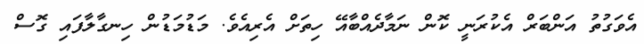
އެވަގުތު އަންބަރް އެކުރަނީ ކޮން ނަމާދެއްބާއޭ ހިތަށް އެރިއެވެ. މަޑުމަޑުން ހިނގާލާފައި ގޮސް